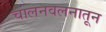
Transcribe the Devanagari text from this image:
चालनवलनातून